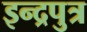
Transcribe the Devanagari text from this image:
इन्द्रपुत्र